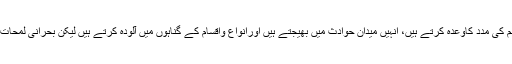
یہ لوگ گمراہ کرنے والے شیطان کی طرح ہرشخص کے دل میں وسوسہ ڈالتے ہیں ، ان سے ہرقسم کی مدد کاوعدہ کرتے ہیں، انہیں میدانِ حوادث میں بھیجتے ہیں اورانواع واقسام کے گناہوں میں آلودہ کرتے ہیں لیکن بحرانی لمحات میں وسط میدان میں چھوڑ کراپنی جان کی حفاظت اورمفادِ ذات کے لیے بھاگ کھڑے ہوتے ہیں ۔